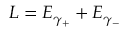
L = E _ { \gamma _ { + } } + E _ { \gamma _ { - } }